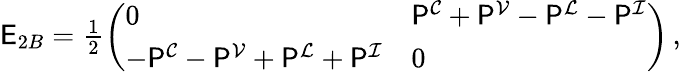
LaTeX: \begin{array}{r}{\mathsf{E}_{2B}=\frac{1}{2}\left(\begin{array}{ll}{0}&{\mathsf{P}^{\mathcal{C}}+\mathsf{P}^{\mathcal{V}}-\mathsf{P}^{\mathcal{L}}-\mathsf{P}^{\mathcal{I}}}\\ {-\mathsf{P}^{\mathcal{C}}-\mathsf{P}^{\mathcal{V}}+\mathsf{P}^{\mathcal{L}}+\mathsf{P}^{\mathcal{I}}}&{0}\end{array}\right)\, ,}\end{array}